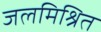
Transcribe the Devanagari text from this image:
जलमिश्रित